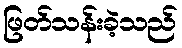
ဖြတ်သန်းခဲ့သည်